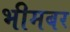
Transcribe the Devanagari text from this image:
भीमबर